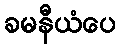
ခမနီယံပေ